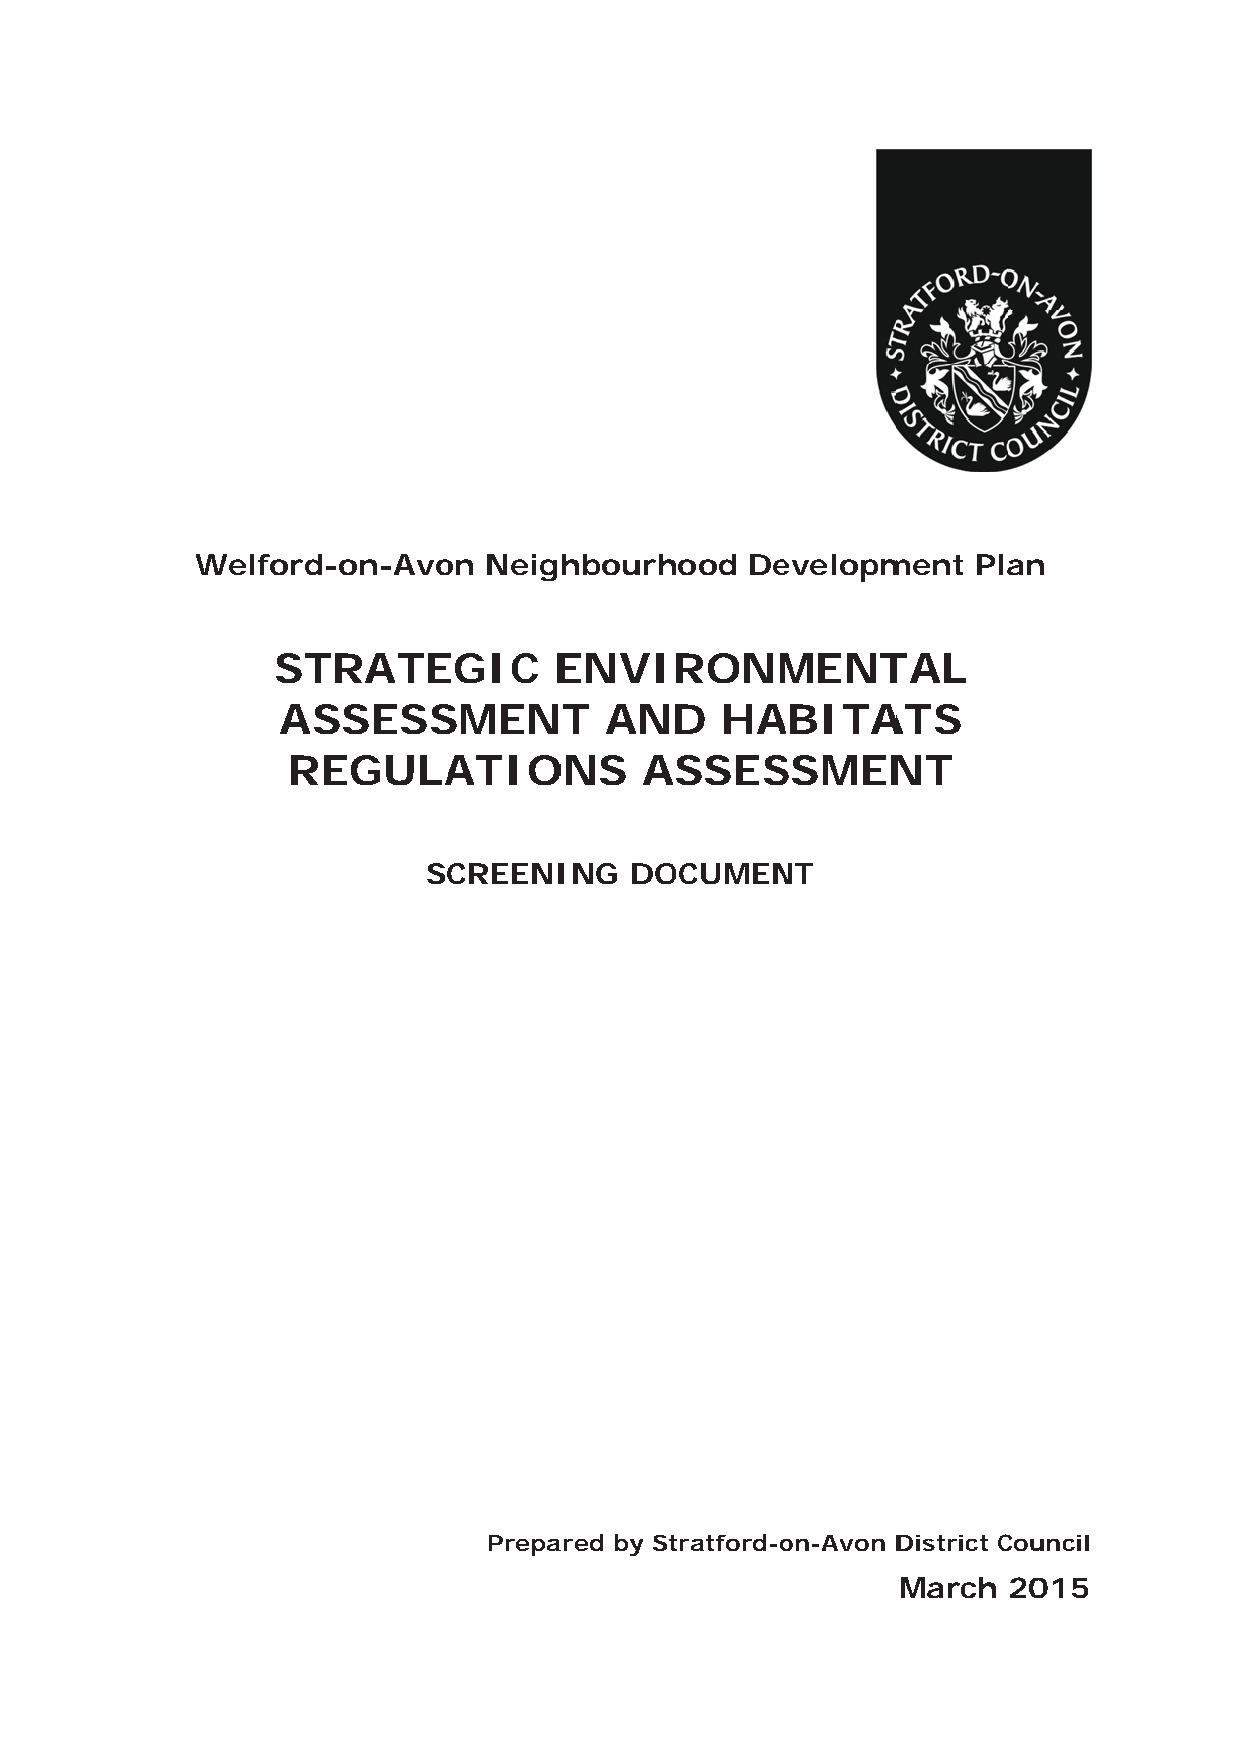
WWelford--on-Avoon Neighbourhhood    Deevelopmment  Plaan
 STRRATEEGIC        EENVIRONMMENTTAL
 ASSSESSSMENT          AND     HAABITAATS
 REEGULAATIOONS         AASSESSSMENNT
 SCCREENIING   DOOCUMENNT
 Prepaared by Sttratford-oon-Avon DDistrict CCouncil
 March   2015